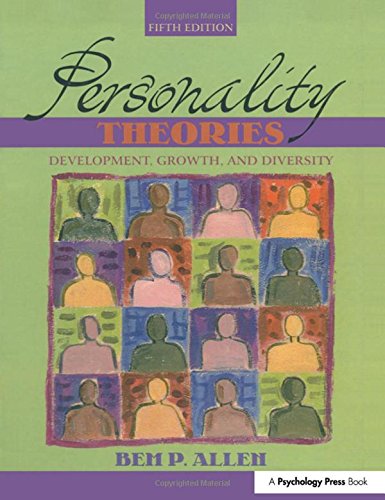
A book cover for Personality Theories: Development, Growth, and Diversity (5th Edition); Bem P. Allen; Medical Books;